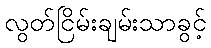
လွတ်ငြိမ်းချမ်းသာခွင့်